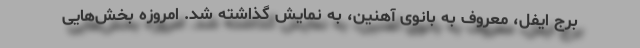
برج ایفل، معروف به بانوی آهنین، به نمایش گذاشته شد. امروزه بخش‌هایی